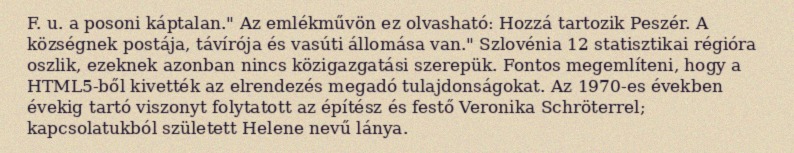
F. u. a posoni káptalan." Az emlékművön ez olvasható: Hozzá tartozik Peszér. A községnek postája, távírója és vasúti állomása van." Szlovénia 12 statisztikai régióra oszlik, ezeknek azonban nincs közigazgatási szerepük. Fontos megemlíteni, hogy a HTML5-ből kivették az elrendezés megadó tulajdonságokat. Az 1970-es években évekig tartó viszonyt folytatott az építész és festő Veronika Schröterrel; kapcsolatukból született Helene nevű lánya.